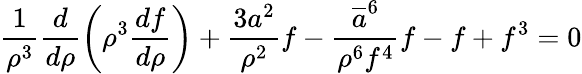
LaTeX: \frac{1}{\rho^{3}}\frac{d}{d\rho}\left(\rho^{3}\frac{df}{d\rho}\right)+\frac{3a^{2}}{\rho^{2}}f-\frac{\overline{{{a}}}^{6}}{\rho^{6}f^{4}}f-f+f^{3}=0